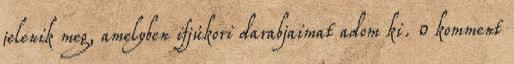
jelenik meg, amelyben ifjúkori darabjaimat adom ki. 0 komment